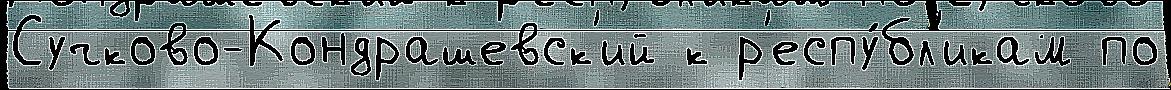
Сучково-Кондрашевск'ий к р'еспу́бл'икам по